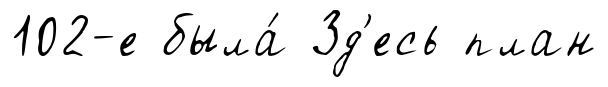
102-е была́ Зд'есь план